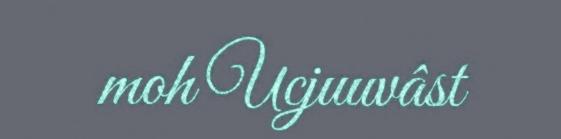
moh Ucjuuvâst